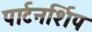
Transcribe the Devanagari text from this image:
पार्टनर्शिप